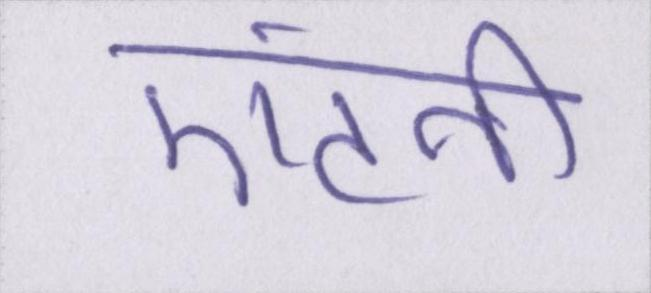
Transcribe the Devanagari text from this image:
एंटनी